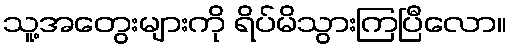
သူ့အတွေးများကို ရိပ်မိသွားကြပြီလော။